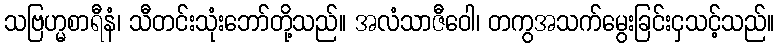
သဗြဟ္မစာရီနံ၊ သီတင်းသုံးဘော်တို့သည်။ အလံသာဇီဝေါ၊ တကွအသက်မွေးခြင်းငှသင့်သည်။